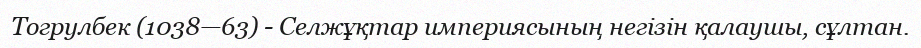
Тогрулбек (1038—63) - Селжұқтар империясының негізін қалаушы, сұлтан.